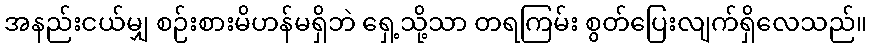
အနည်းငယ်မျှ စဉ်းစားမိဟန်မရှိဘဲ ရှေ့သို့သာ တရကြမ်း စွတ်ပြေးလျက်ရှိလေသည်။